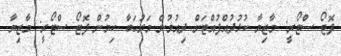
ފޮޓޯ ސްޓޯރީ: މާޒިޔާ ކުޅުދުއްފުއްޓަށް ދިއުމުން މަރުހަބާ ކިޔުން ފޮޓޯ ސްޓޯރީ: މާޒިޔާ